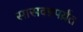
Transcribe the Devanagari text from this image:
सासवडपर्य़ंत